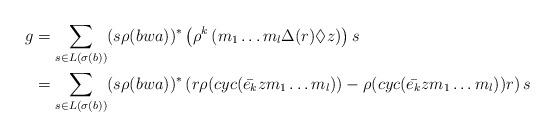
LaTeX: \begin{align*}g&=\displaystyle \sum_{s \in L(\sigma(b))} (s\rho(bwa))^{\ast} \left(\rho^{k} \left(m_{1}\hdots m_{l}\Delta(r) \Diamond z\right)\right)s \\&=\displaystyle \sum_{s \in L(\sigma(b))} (s\rho(bwa))^{\ast}\left(r\rho(cyc(\bar{e_{k}}zm_{1}\hdots m_{l}))-\rho(cyc(\bar{e_{k}}zm_{1}\hdots m_{l}))r\right)s\end{align*}